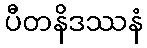
ပီတနိဒဿနံ